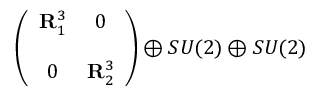
\left( \begin{array} { c c } { { { \bf R } _ { 1 } ^ { 3 } } } & { { 0 } } \\ { { } } & { { } } \\ { { 0 } } & { { { \bf R } _ { 2 } ^ { 3 } } } \end{array} \right) \oplus S U ( 2 ) \oplus S U ( 2 )